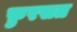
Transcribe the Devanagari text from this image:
फ़ुरसत